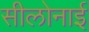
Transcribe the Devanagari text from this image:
सीलोनाई